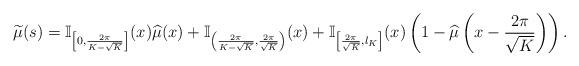
LaTeX: \begin{align*}\widetilde{\mu}(s) = \mathbb{I}_{\left[0,\frac{2\pi}{K-\sqrt{K}}\right]}(x) \widehat{\mu}(x) + \mathbb{I}_{\left(\frac{2\pi}{K-\sqrt{K}},\frac{2\pi}{\sqrt{K}}\right)}(x) + \mathbb{I}_{\left[\frac{2\pi}{\sqrt{K}},l_K\right]}(x) \left(1 - \widehat{\mu}\left(x - \frac{2\pi}{\sqrt{K}} \right)\right).\end{align*}